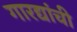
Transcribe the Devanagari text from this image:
गारद्यांची